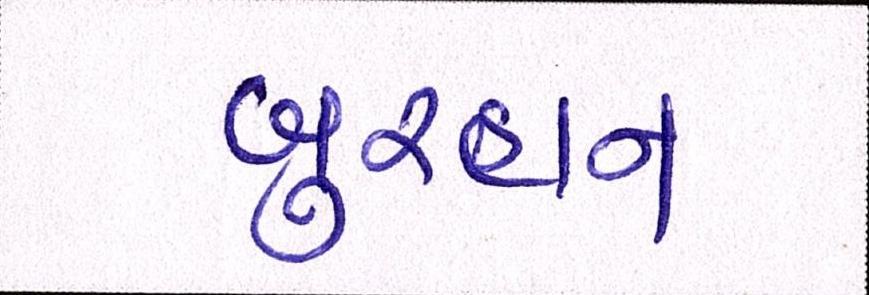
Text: બુરહાન